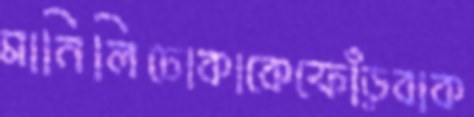
মানিলিঢোকাকেফোঁড়বাক